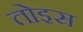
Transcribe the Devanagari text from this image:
तोइस